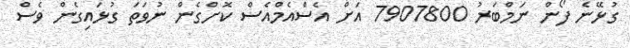
ގުޅޭނެ ފޯން ނަމްބަރު 7907800 އަށް އެސްއެމްއެސް ކޮށްގެން ނުވަތަ ގުޅައިގެން ވެސް